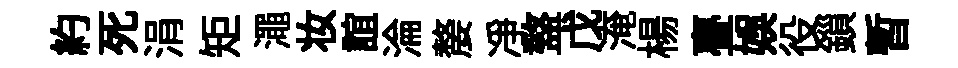
約死涓矩澠妆誼淪嫠净盩戊淹楊亹娱役鎻暫